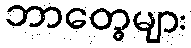
ဘာတွေများ